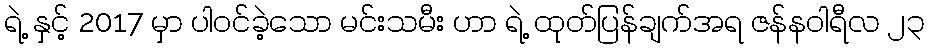
ရဲ့ နှင့် 2017 မှာ ပါဝင်ခဲ့သော မင်းသမီး ဟာ ရဲ့ ထုတ်ပြန်ချက်အရ ဇန်နဝါရီလ ၂၃